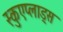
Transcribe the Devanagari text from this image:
स्कुएप्लाड्स